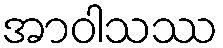
အာဝါသဿ